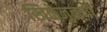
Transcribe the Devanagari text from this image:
खिळेजुळणी